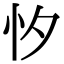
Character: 𢗇